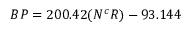
B P = 2 0 0 . 4 2 ( N ^ { c } R ) - 9 3 . 1 4 4